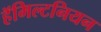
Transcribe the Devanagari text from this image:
हॅमिल्टनियन